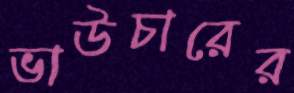
ভাউচারের